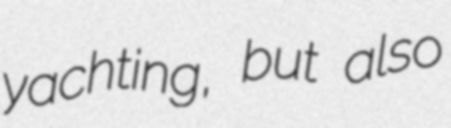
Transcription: yachting, but also